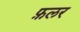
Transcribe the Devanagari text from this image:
फ़लर